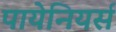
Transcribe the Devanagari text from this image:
पायेनियर्स